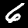
Label: 6